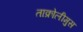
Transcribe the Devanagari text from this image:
ताक्रोलीमुस